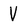
Character: V